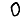
Digit: 0